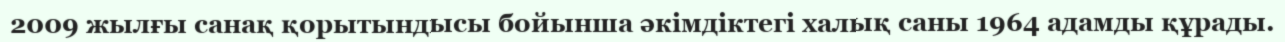
2009 жылғы санақ қорытындысы бойынша әкімдіктегі халық саны 1964 адамды құрады.